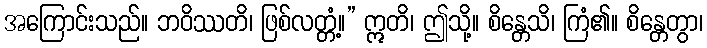
အကြောင်းသည်။ ဘဝိဿတိ၊ ဖြစ်လတ္တံ့။” ဣတိ၊ ဤသို့။ စိန္တေသိ၊ ကြံ၏။ စိန္တေတွာ၊